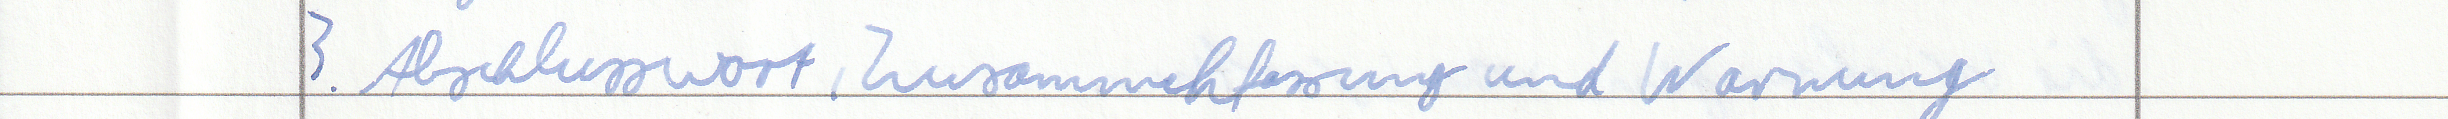
3. Abschlusswort, Zusammenfassung und Warnung